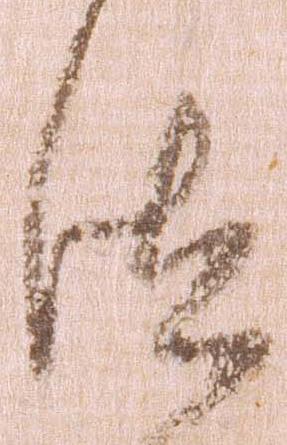
汰